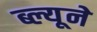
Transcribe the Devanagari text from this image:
ब्ल्यूने